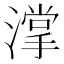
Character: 𣾦